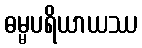
ဓမ္မပရိယာယဿ